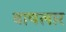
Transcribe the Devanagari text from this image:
वायलार